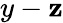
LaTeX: y-\mathbf{z}